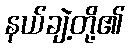
နယ်ချဲ့တို့၏